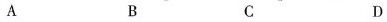
A B C D